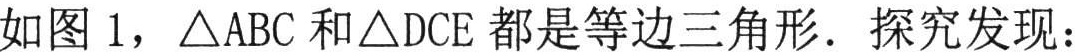
如图 1，\(\triangle ABC\)和\(\triangle DCE\)都是等边三角形. 探究发现：